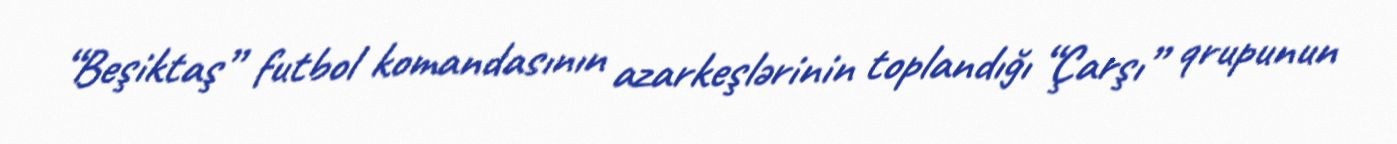
“Beşiktaş” futbol komandasının azarkeşlərinin toplandığı “Çarşı” qrupunun